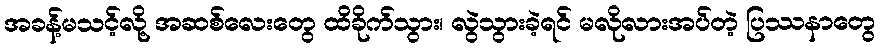
အခန့်မသင့်လို့ အဆစ်လေးတွေ ထိခိုက်သွား၊ လွဲသွားခဲ့ရင် မလိုလားအပ်တဲ့ ပြဿနာတွေ